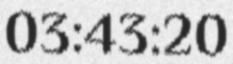
03:43:20